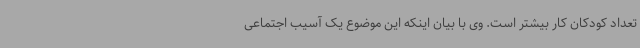
تعداد کودکان کار بیشتر است. وی با بیان اینکه این موضوع یک آسیب اجتماعی